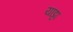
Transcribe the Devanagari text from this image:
याट्टा